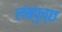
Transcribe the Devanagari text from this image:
लंबपुच्छ